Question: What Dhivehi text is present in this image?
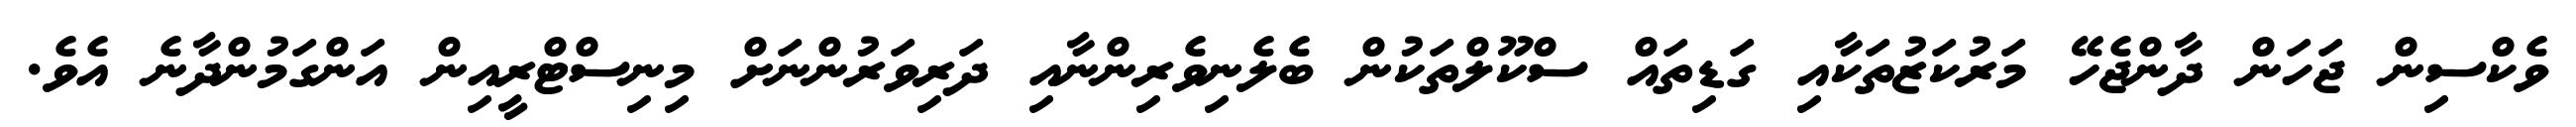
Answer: ވެކްސިން ޖަހަން ދާންޖެހޭ މަރުކަޒުތަކާއި ގަޑިތައް ސްކޫލްތަކުން ބެލެނިވެރިންނާއި ދަރިވަރުންނަށް މިނިސްޓްރީއިން އަންގަމުންދާނެ އެވެ.